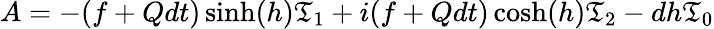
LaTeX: A=-(f+Qdt)\sinh(h)\mathfrak{T}_{1}+i(f+Qdt)\cosh(h)\mathfrak{T}_{2}-dh\mathfrak{T}_{0}